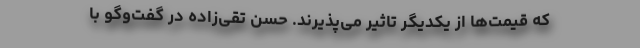
که قیمت‌ها از یکدیگر تاثیر می‌پذیرند. حسن تقی‌زاده در گفت‌وگو با